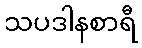
သပဒါနစာရီ